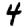
Digit: 4